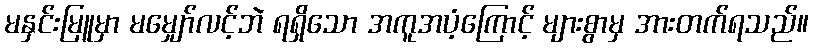
မနှင်းမြူမှာ မမျှော်လင့်ဘဲ ရရှိသော အကူအပံ့ကြောင့် များစွာမှ အားတက်ရသည်။